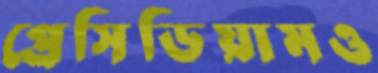
প্রেসিডিয়ামও